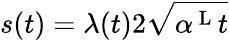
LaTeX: s(t)=\lambda(t)2\sqrt{\alpha^{\mathrm{~L~}}t}